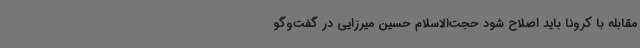
مقابله با کرونا باید اصلاح شود حجت‌الاسلام حسین میرزایی در گفت‌وگو